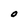
Character: O